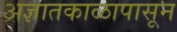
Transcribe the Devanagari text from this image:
अज्ञातकाळापासून